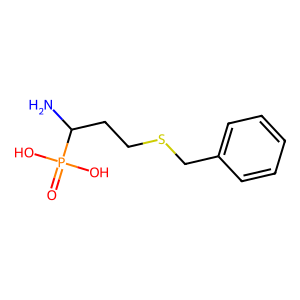
SMILES: NC(CCSCc1ccccc1)P(=O)(O)O
Inhibits HIV replication: No